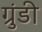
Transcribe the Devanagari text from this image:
ग्रुंडी